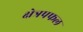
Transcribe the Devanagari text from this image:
क्षेत्रपफल